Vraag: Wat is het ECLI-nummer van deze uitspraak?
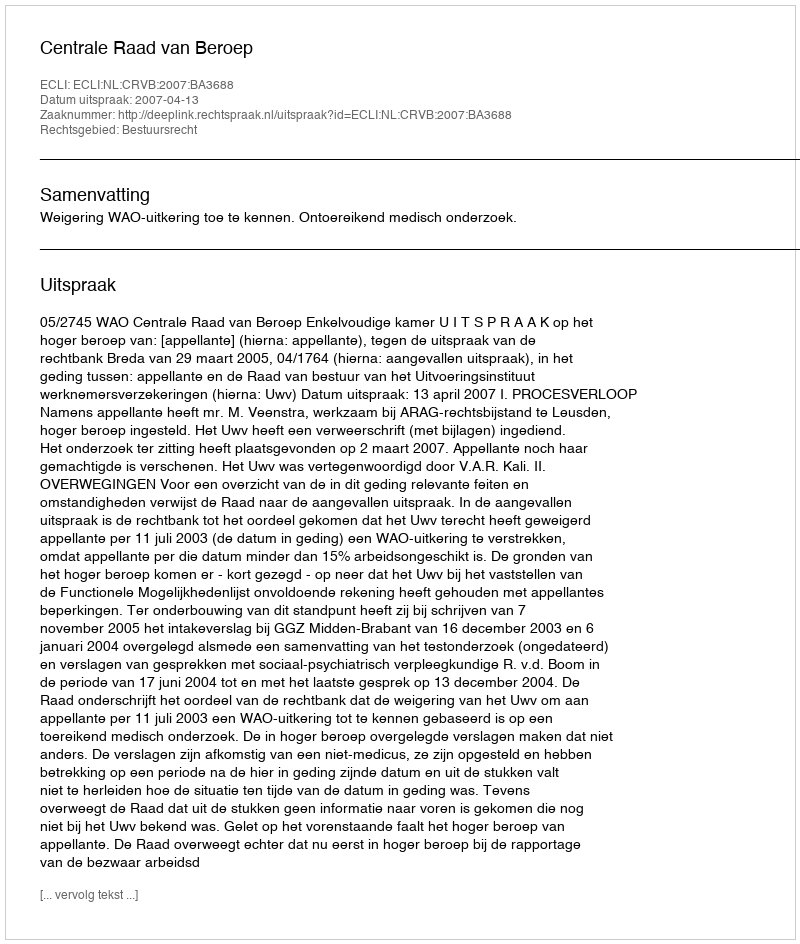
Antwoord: ECLI:NL:CRVB:2007:BA3688